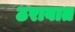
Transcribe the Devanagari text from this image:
ठरावात